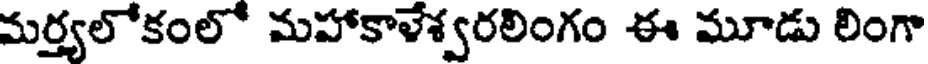
మర్త్యలోకంలో మహాకాళేశ్వరలింగం ఈ మూడు లింగా